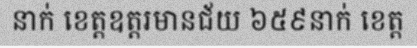
នាក់ ខេត្តឧត្តរមានជ័យ ៦៥៩នាក់ ខេត្ត